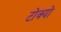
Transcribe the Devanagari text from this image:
टोक्‍यो